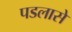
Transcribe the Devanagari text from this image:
पडलासे